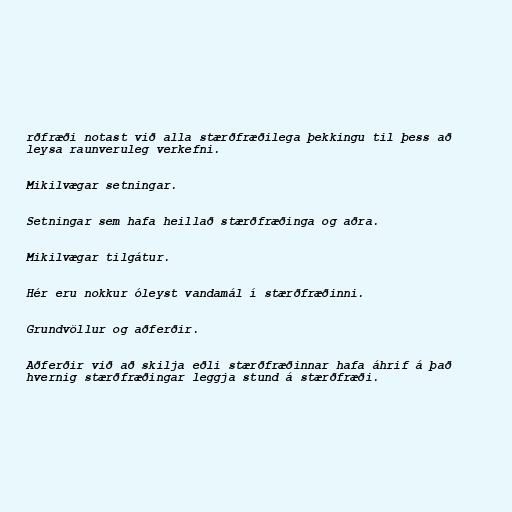
rðfræði notast við alla stærðfræðilega þekkingu til þess að
leysa raunveruleg verkefni.

Mikilvægar setningar.

Setningar sem hafa heillað stærðfræðinga og aðra.

Mikilvægar tilgátur.

Hér eru nokkur óleyst vandamál í stærðfræðinni.

Grundvöllur og aðferðir.

Aðferðir við að skilja eðli stærðfræðinnar hafa áhrif á það
hvernig stærðfræðingar leggja stund á stærðfræði.